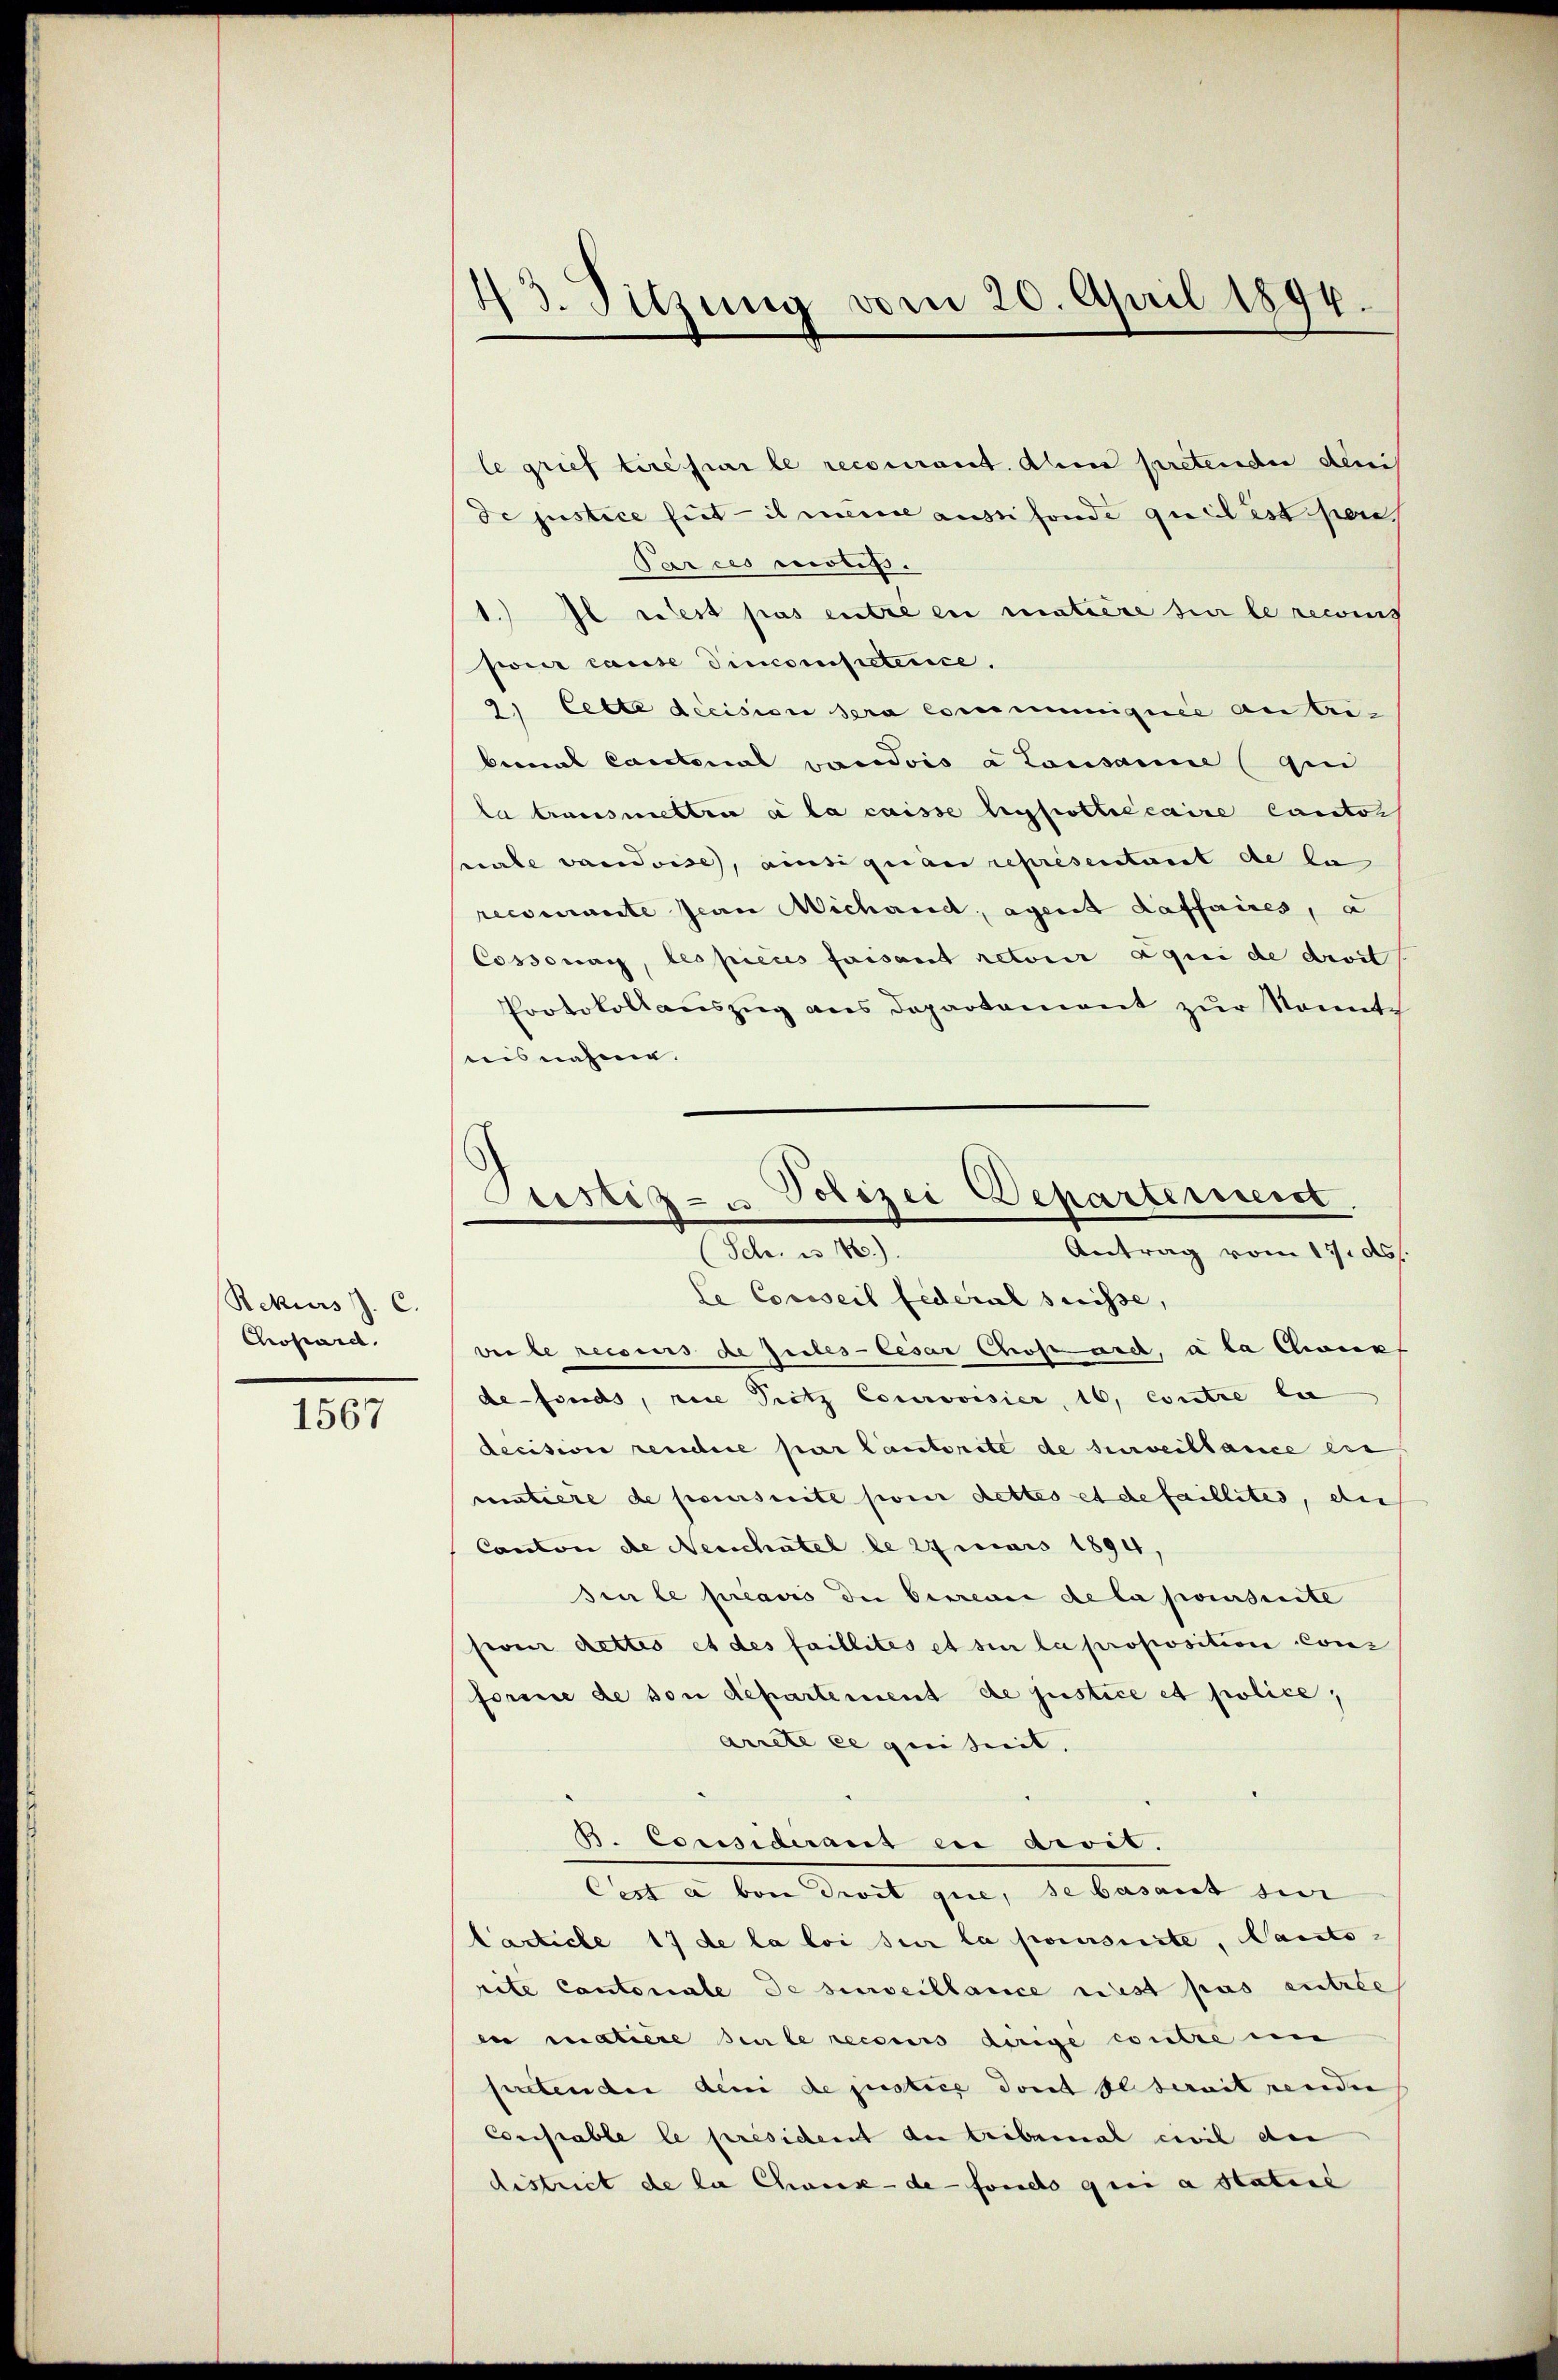
Rekurs J. C.
Chopard.

1567

43. Sitzung vom 20. April 1894

le grief tire par le recourant. Ahm pretende deni
de justice hiet il meine aussi fonde qui est pen
Parces motifs.
1. Il riest pas entre en matiere für le recens
pour cause incompetenice.
2. Cette decision sera commuigurie anbribernal Cantonial vaudois à Consanie (in
la transmettre à la caisse hypothécaire Canton
nale vaudoise, ansi quan représentant de la
recourante Jean Michand, agent daffaires, a
Cossonay, les pieces faisant retour aqui de droit
Protokollauszug aus Departament zur Sonnte
nisnahme.
le Conseil Federal suisse,
ver le ressens de Zeites Cesar Chosard, a la Chrone
defonds, rice Pritz Courovisier, 16, Contre la
decision rendere par Cautorite de surveillance ein
matiere de paierseite preis dettes et de faillites, der
Canton de Neuchatel le 27 mais 1894,
Ien le préavis die betrenne de la poursuite
pour dettes et des faillites et sin la proposition Conz
forme de von departement de justice et police,
arrete ee geist.
B. Considerart en divit.
Cest a von droit que, se basaut sur
tacticle 17 de la loi sur la poursuite, ants-
rite Cantoniale de surveillance rest pas entrée
in matière seule recours dirige contre en
pretenden den de justice dont alterait pendie
Conssable le présichent der tribunal civil der
district de la Chweise de fondo qui a statie

Polizei Departement
Justiz- u
Antrag vom 17. ds.
(Sch. es 16.)